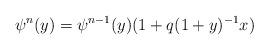
LaTeX: \begin{align*}\psi^n(y) = \psi^{n-1}(y)(1+q(1+y)^{-1}x)\end{align*}